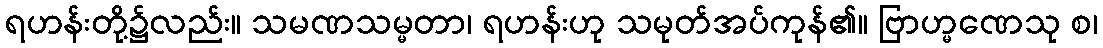
ရဟန်းတို့၌လည်း။ သမဏသမ္မတာ၊ ရဟန်းဟု သမုတ်အပ်ကုန်၏။ ဗြာဟ္မဏေသု စ၊